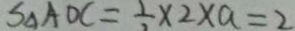
S _ { \Delta A O C } = \frac { 1 } { 2 } \times 2 \times a = 2